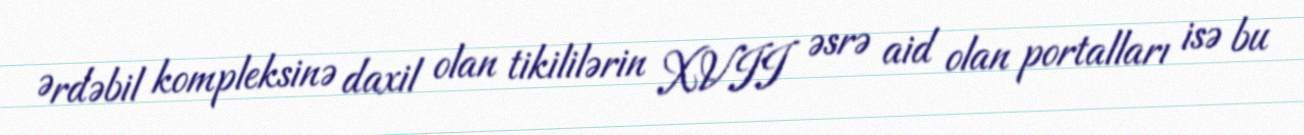
Ərdəbil kompleksinə daxil olan tikililərin XVII əsrə aid olan portalları isə bu